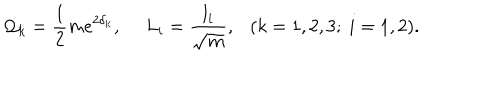
LaTeX: { \cal Q } _ { k } = { \frac { 1 } { 2 } } m e ^ { 2 \delta _ { k } } , \ L _ { i } = { \frac { l _ { i } } { \sqrt { m } } } , \ \ \ ( k = 1 , 2 , 3 ; \ i = 1 , 2 ) .